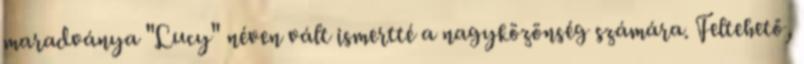
maradványa "Lucy" néven vált ismertté a nagyközönség számára. Feltehető,